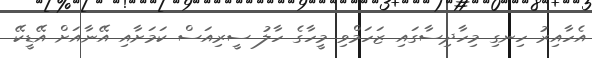
އެހާއިރު ހިނގި މިހާދިސާގައި ޒަހަމްވި މީހާގެ ހާލު ސީރިއަސް ކަމަށާއި އޭނާއަށް އޭޑީކޭ